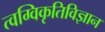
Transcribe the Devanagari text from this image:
त्वग्विकृतिविज्ञान